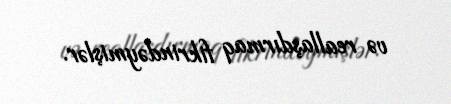
və reallaşdırmaq fikrindəymişlər.